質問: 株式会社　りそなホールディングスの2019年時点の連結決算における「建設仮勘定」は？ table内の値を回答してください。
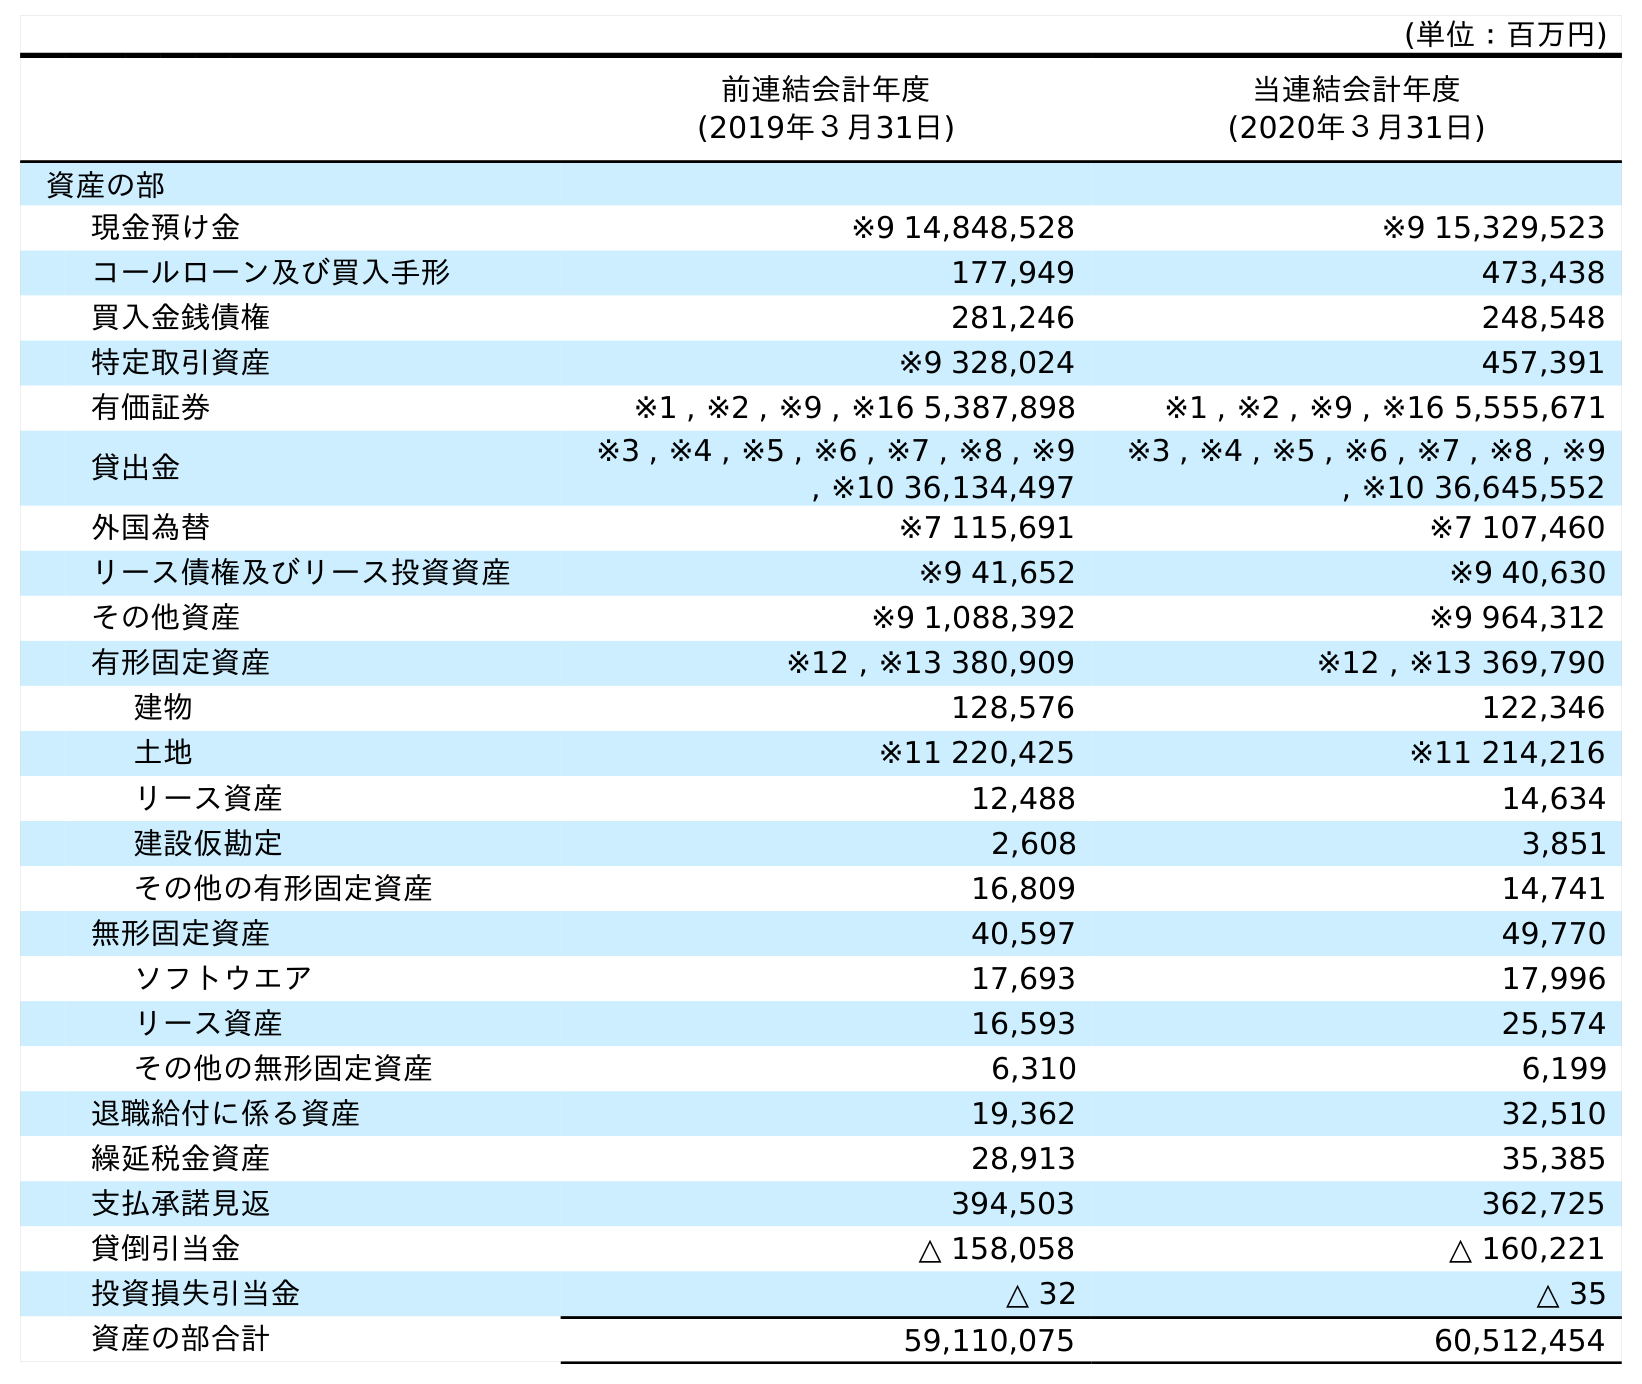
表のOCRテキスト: (単位：百万円) 前連結会計年度 (2019年３月31日) 当連結会計年度 (2020年３月31日) 資産の部 現金預け金 ※9 14,848,528 ※9 15,329,523 コールローン及び買入手形 177,949 473,438 買入金銭債権 281,246 248,548 特定取引資産 ※9 328,024 457,391 有価証券 ※1 , ※2 , ※9 , ※16 5,387,898 ※1 , ※2 , ※9 , ※16 5,555,671 貸出金 ※3 , ※4 , ※5 , ※6 , ※7 , ※8 , ※9 , ※10 36,134,497 ※3 , ※4 , ※5 , ※6 , ※7 , ※8 , ※9 , ※10 36,645,552 外国為替 ※7 115,691 ※7 107,460 リース債権及びリース投資資産 ※9 41,652 ※9 40,630 その他資産 ※9 1,088,392 ※9 964,312 有形固定資産 ※12 , ※13 380,909 ※12 , ※13 369,790 建物 128,576 122,346 土地 ※11 220,425 ※11 214,216 リース資産 12,488 14,634 建設仮勘定 2,608 3,851 その他の有形固定資産 16,809 14,741 無形固定資産 40,597 49,770 ソフトウエア 17,693 17,996 リース資産 16,593 25,574 その他の無形固定資産 6,310 6,199 退職給付に係る資産 19,362 32,510 繰延税金資産 28,913 35,385 支払承諾見返 394,503 362,725 貸倒引当金 △ 158,058 △ 160,221 投資損失引当金 △ 32 △ 35 資産の部合計 59,110,075 60,512,454
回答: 2,608